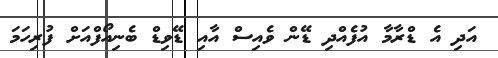
އަދި އެ ޑްރާމާ އުފެއްދި ޑޭން ވެއިސް އާއި ޑޭވިޑް ބެނިއޯފްއަށް ފުރިހަމަ